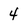
Character: 4